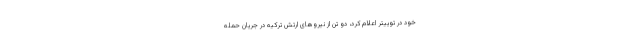
خود در توییتر اعلام کرد، دو تن از نیروهای ارتش ترکیه در جریان حمله